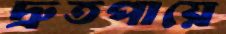
দ্রুতপায়ে